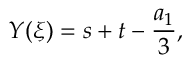
{ \cal { Y } } ( \xi ) = s + t - \frac { a _ { 1 } } { 3 } ,